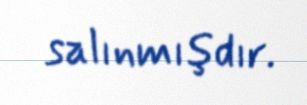
salınmışdır.